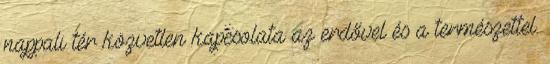
nappali tér közvetlen kapcsolata az erdővel és a természettel.